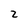
Character: 2